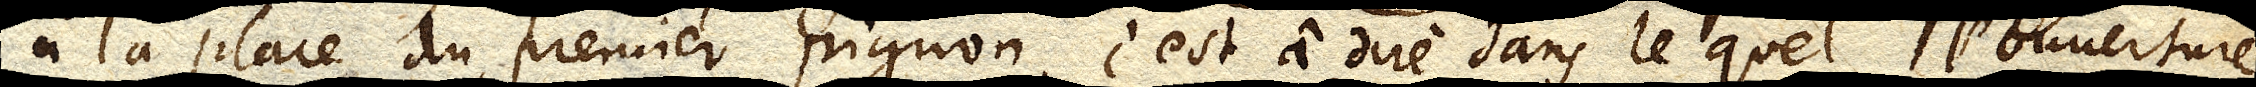
à la place du premier pignon c’est à dire dans lequel l’ouuerture